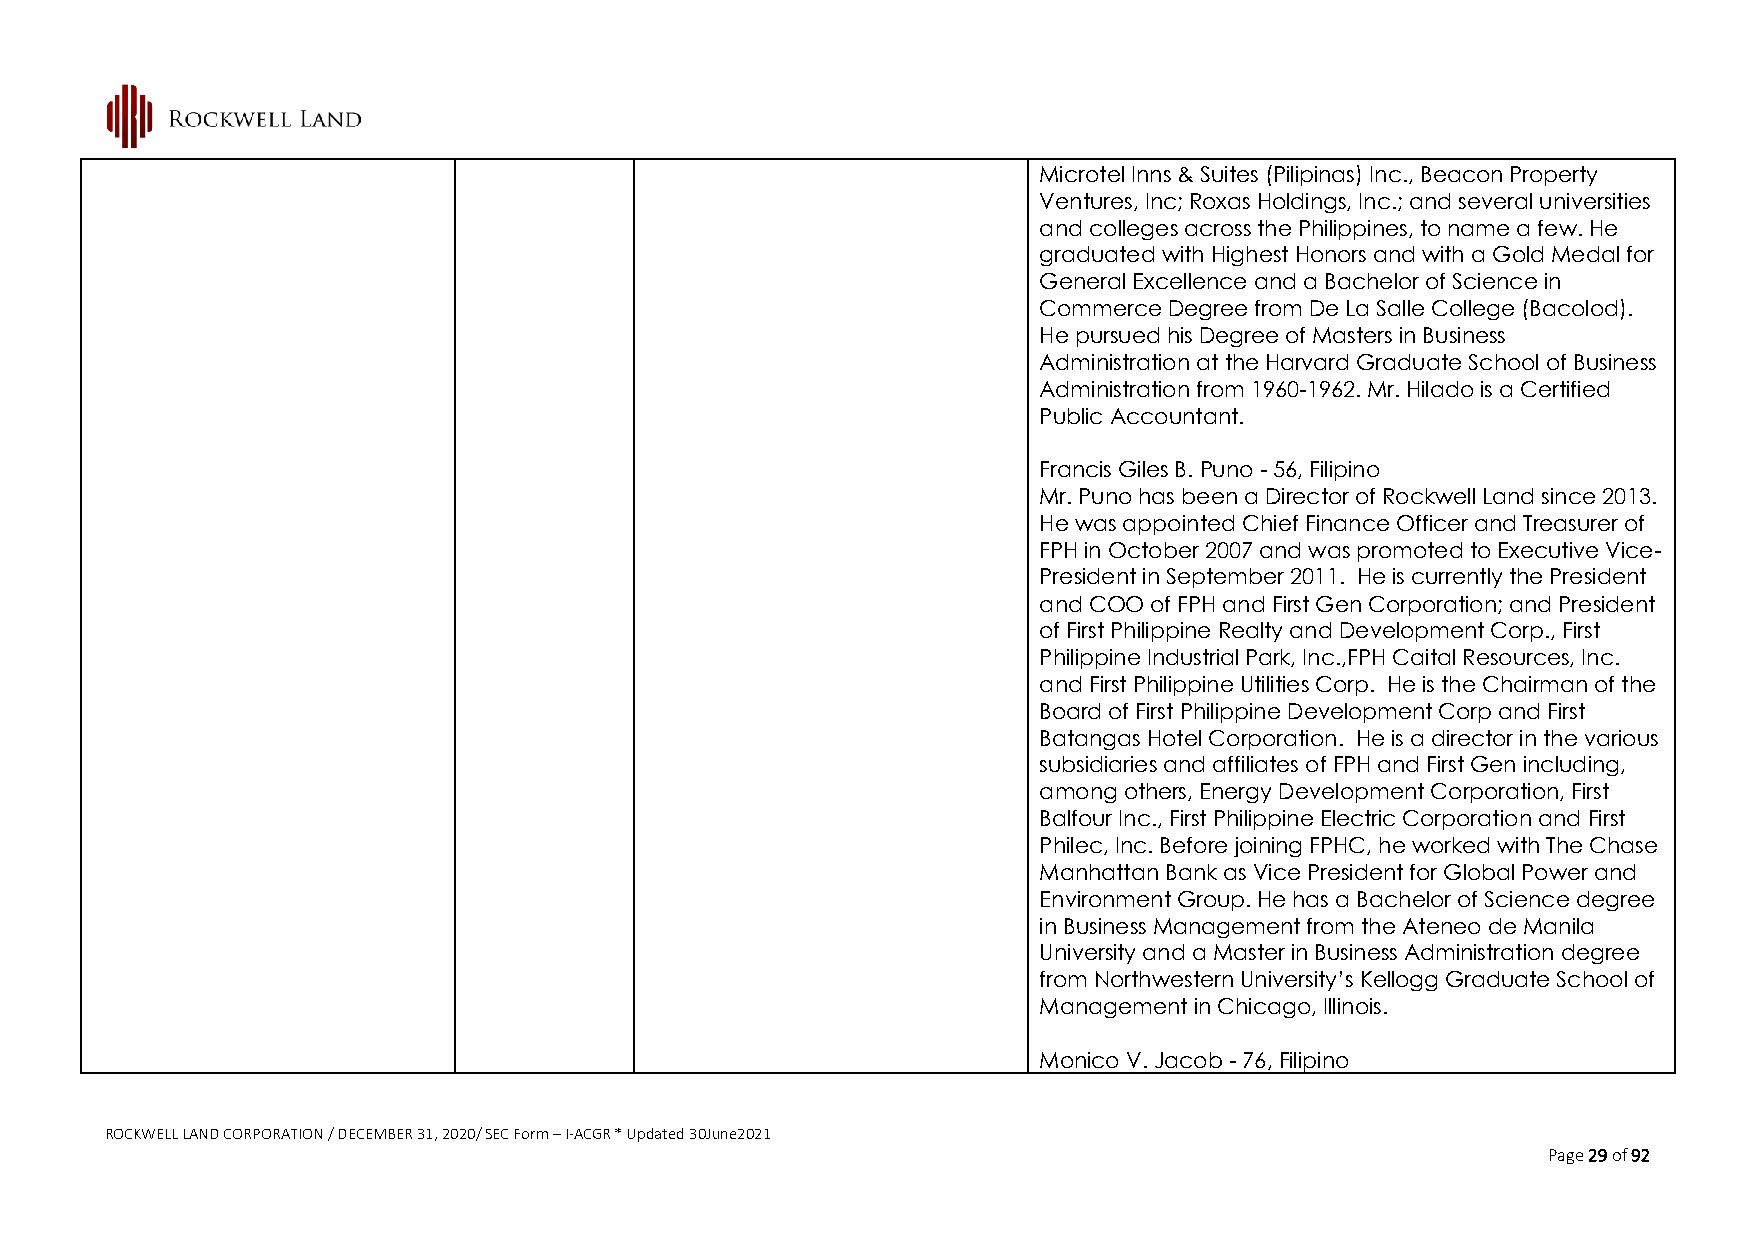
Microtel Inns & Suites (Pilipinas) Inc., Beacon Property
 Ventures, Inc; Roxas Holdings, Inc.; and several universities
 and colleges across the Philippines, to name a few. He
 graduated with Highest Honors and with a Gold Medal for
 General Excellence and a Bachelor of Science in
 Commerce Degree from De La Salle College (Bacolod).
 He pursued his Degree of Masters in Business
 Administration at the Harvard Graduate School of Business
 Administration from 1960-1962. Mr. Hilado is a Certified
 Public Accountant.
 Francis Giles B. Puno - 56, Filipino
 Mr. Puno has been a Director of Rockwell Land since 2013.
 He was appointed Chief Finance Officer and Treasurer of
 FPH in October 2007 and was promoted to Executive Vice-
 President in September 2011. He is currently the President
 and COO of FPH and First Gen Corporation; and President
 of First Philippine Realty and Development Corp., First
 Philippine Industrial Park, Inc.,FPH Caital Resources, Inc.
 and First Philippine Utilities Corp. He is the Chairman of the
 Board of First Philippine Development Corp and First
 Batangas Hotel Corporation. He is a director in the various
 subsidiaries and affiliates of FPH and First Gen including,
 among others, Energy Development Corporation, First
 Balfour Inc., First Philippine Electric Corporation and First
 Philec, Inc. Before joining FPHC, he worked with The Chase
 Manhattan Bank as Vice President for Global Power and
 Environment Group. He has a Bachelor of Science degree
 in Business Management from the Ateneo de Manila
 University and a Master in Business Administration degree
 from Northwestern University’s Kellogg Graduate School of
 Management in Chicago, Illinois.
 Monico V. Jacob - 76, Filipino
 ROCKWELL LAND CORPORATION / DECEMBER 31, 2020/ SEC Form – I-ACGR * Updated 30June2021
 Page 29 of 92